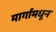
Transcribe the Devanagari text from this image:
मार्गामधून